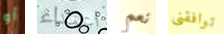
أو اعتداء نعم توافقني